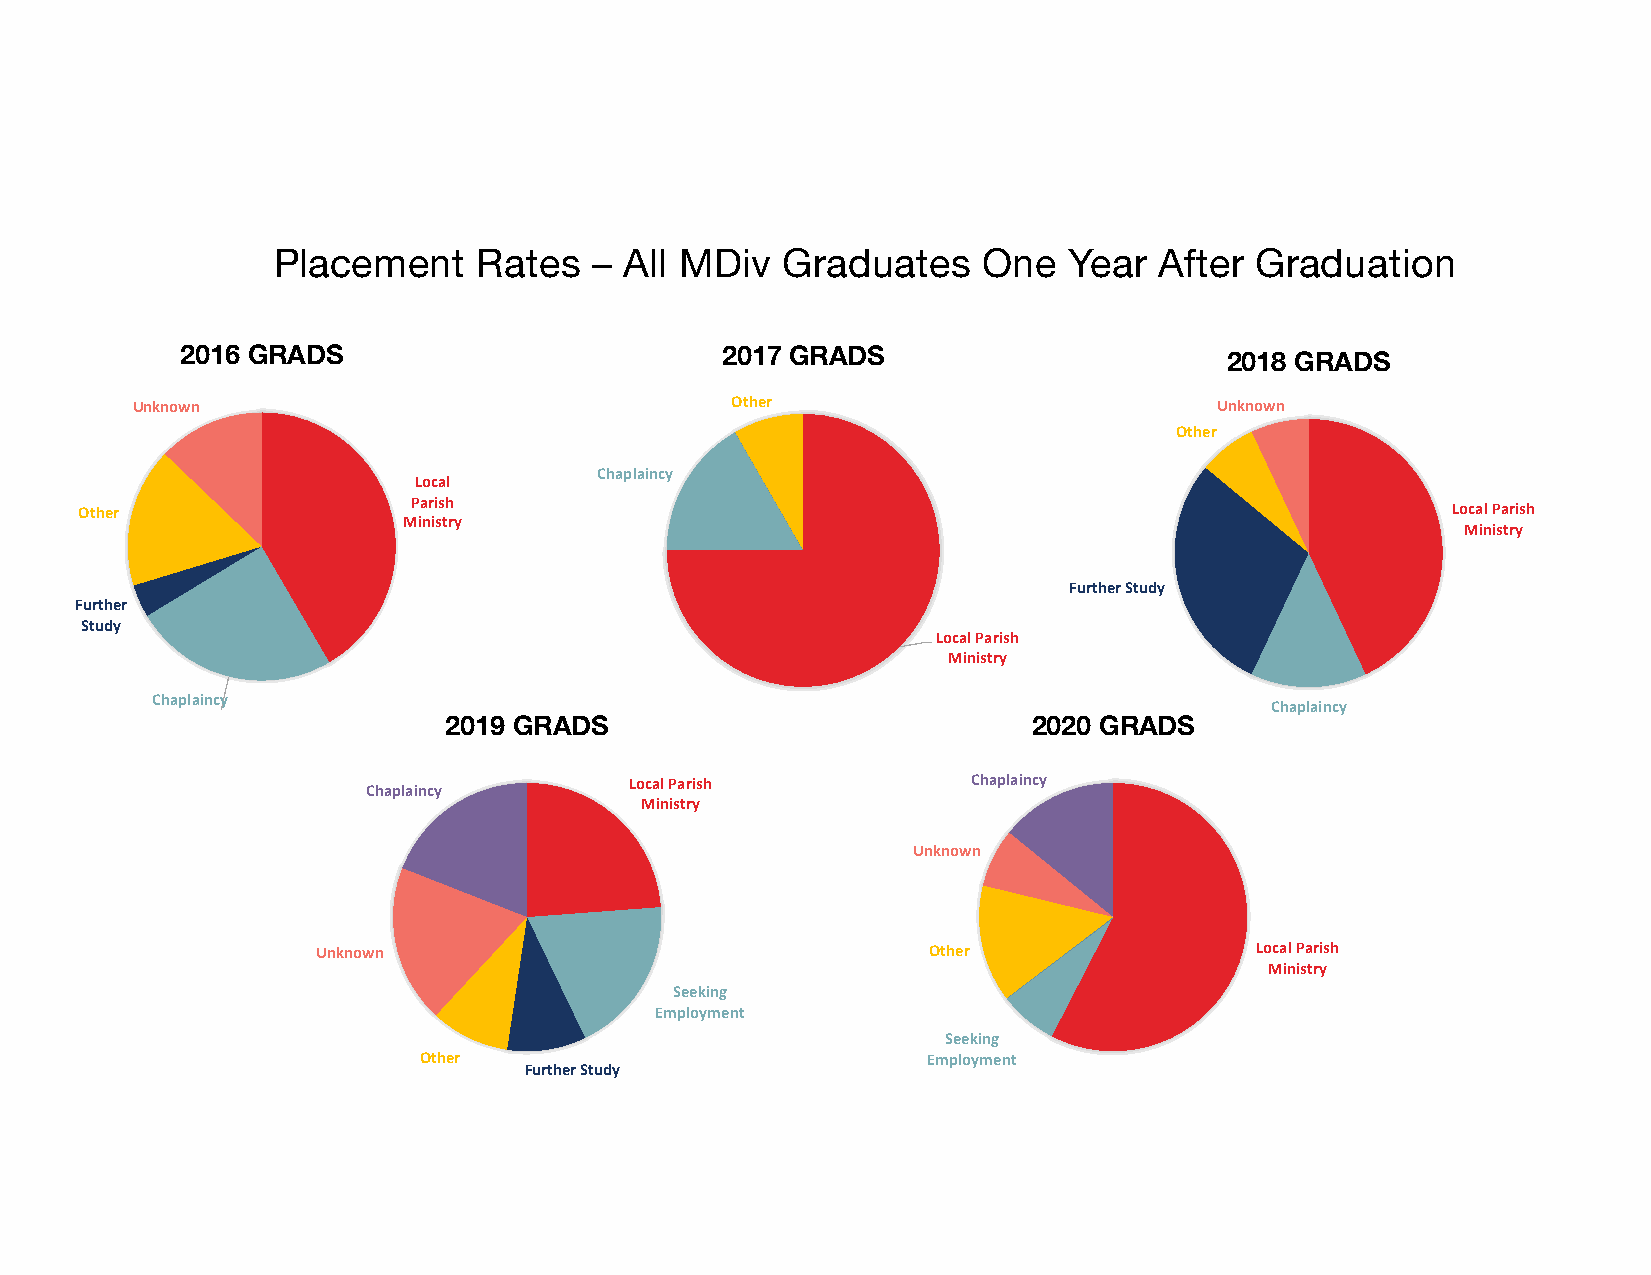
Placement     Rates  – All MDiv   Graduates    One   Year  After Graduation
 2016 GRADS                          2017 GRADS                       2018 GRADS
 Unknown                                Other                            Unknown
 Other
 Chaplaincy
 Local
 Other                 Parish                                                               Local Parish
 Ministry
 Ministry
 Further Study
 Further
 Study
 Local Parish
 Ministry
 Chaplaincy
 Chaplaincy
 2019 GRADS                             2020 GRADS
 Local Parish          Chaplaincy
 Chaplaincy
 Ministry
 Unknown
 Unknown                                 Other                 Local Parish
 Ministry
 Seeking
 Employment
 Seeking
 Other                            Employment
 Further Study